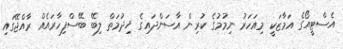
އެސްޓީއޯގެ އަމާޒަކީ މިއަހަރު ނިމުމުގެ ކުރިން އާސަންދައިގެ ޚިދުމަތް ލިބޭ ބޭސްފިހާރައެއް ރާއްޖޭގައި